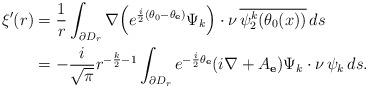
LaTeX: \begin{align*} \xi'(r)&=\frac1r\int_{\partial D_r} \nabla\Big(e^{\frac{i}{2}(\theta_0-\theta_{\mathbf e})}\Psi_k\Big)\cdot\nu \, \overline{\psi^k_2(\theta_0(x))}\,ds\\ &=-\frac{i}{\sqrt\pi}r^{-\frac k2-1}\int_{\partial D_r}e^{-\frac{i}{2}\theta_{\mathbf e}}(i\nabla+A_{\mathbf e})\Psi_k\cdot\nu\, \psi_k\, ds.\end{align*}